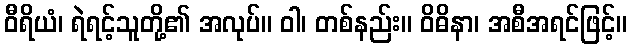
ဝီရိယံ၊ ရဲရင့်သူတို့၏ အလုပ်။ ဝါ၊ တစ်နည်း။ ဝိဓိနာ၊ အစီအရင်ဖြင့်။